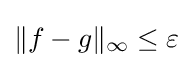
\|f-g\|_{\infty }\leq \varepsilon